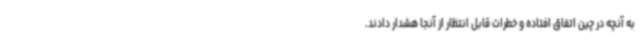
به آنچه در چین اتفاق افتاده و خطرات قابل انتظار از آنجا هشدار دادند.